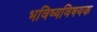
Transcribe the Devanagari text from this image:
भविष्यविषयक